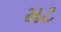
મટ